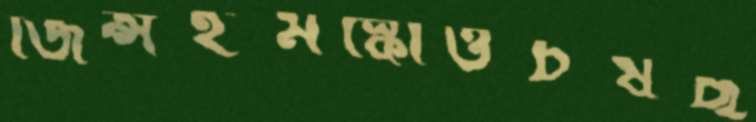
জিন্সইমস্কোওচষছ